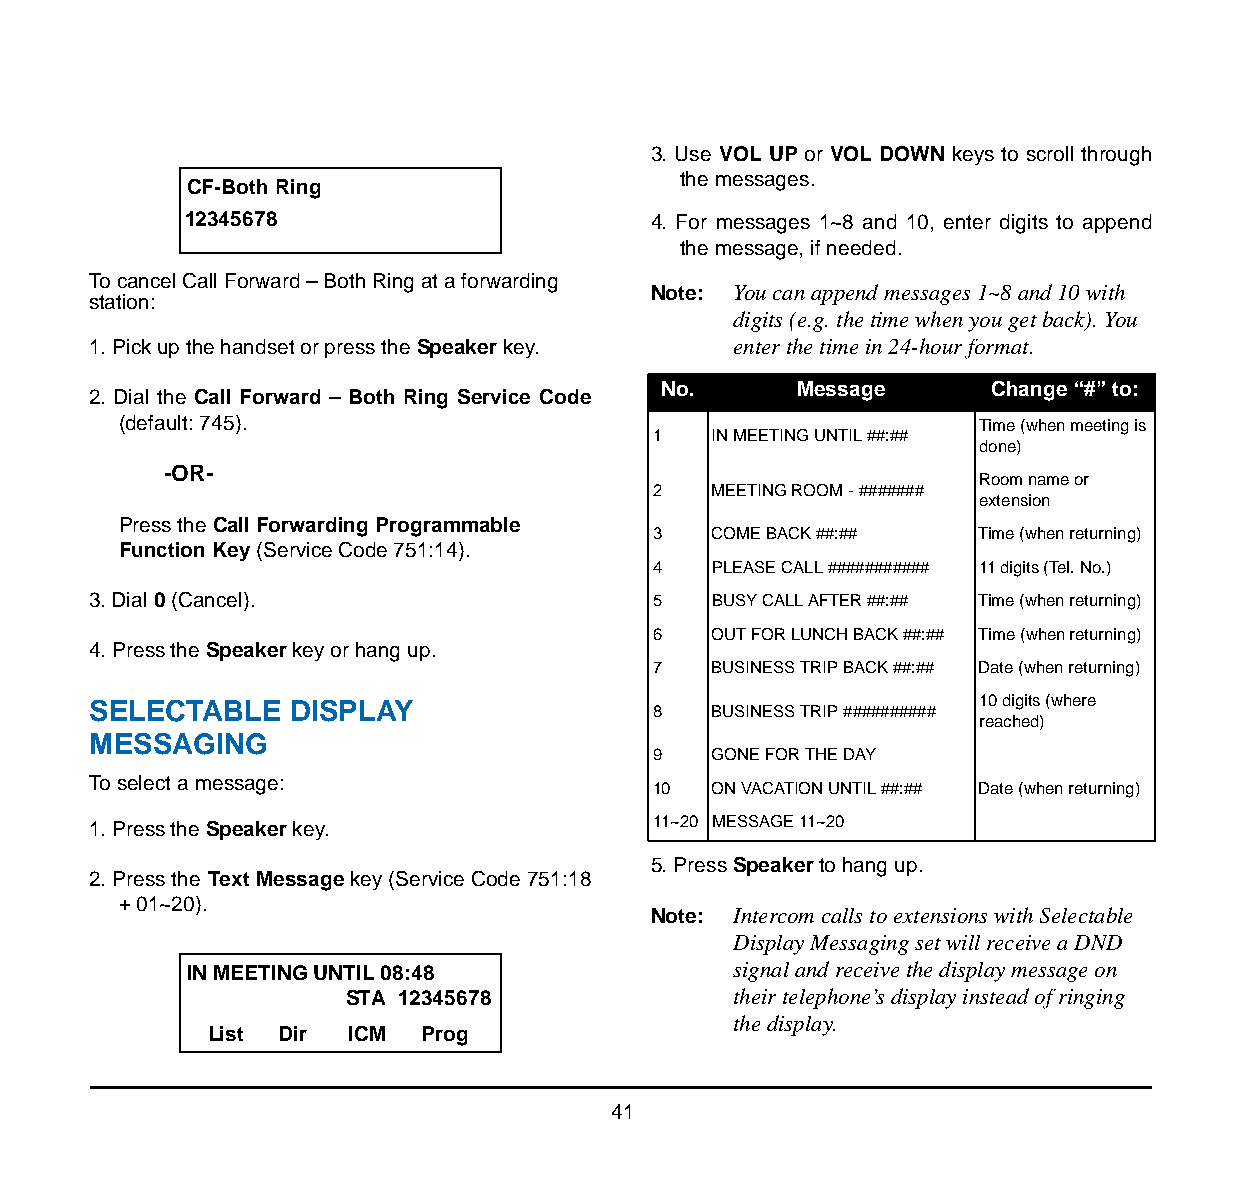
3. Use VOL UP or VOL DOWN keys to scroll through
 the messages.
 CF-Both Ring
 12345678                       4. For messages 1~8 and 10, enter digits to append
 the message, if needed.
 To cancel Call Forward – Both Ring at a forwarding
 Note: You can append messages 1~8 and 10 with
 station:
 digits (e.g. the time when you get back). You
 1. Pick up the handset or press the Speaker key. enter the time in 24-hour format.
 No.      Message      Change “#” to:
 2. Dial the Call Forward – Both Ring Service Code
 (default: 745).                                          Time (when meeting is
 1   IN MEETING UNTIL ##:##
 done)
 -OR-
 Room name or
 2   MEETING ROOM - #######
 extension
 Press the Call Forwarding Programmable
 3   COME BACK ##:##  Time (when returning)
 Function Key (Service Code 751:14).
 4   PLEASE CALL ########### 11 digits (Tel. No.)
 3. Dial 0 (Cancel).                   5   BUSY CALL AFTER ##:## Time (when returning)
 6   OUT FOR LUNCH BACK ##:## Time (when returning)
 4. Press the Speaker key or hang up.
 7   BUSINESS TRIP BACK ##:## Date (when returning)
 SELECTABLE    DISPLAY                 8   BUSINESS TRIP ########## 10 digits (where
 reached)
 MESSAGING
 9   GONE FOR THE DAY
 To select a message:
 10  ON VACATION UNTIL ##:## Date (when returning)
 1. Press the Speaker key.             11~20 MESSAGE 11~20
 5. Press Speaker to hang up.
 2. Press the Text Message key (Service Code 751:18
 + 01~20).
 Note: Intercom calls to extensions with Selectable
 Display Messaging set will receive a DND
 IN MEETING UNTIL 08:48              signal and receive the display message on
 STA 12345678              their telephone’s display instead of ringing
 the display.
 List Dir  ICM Prog
 41